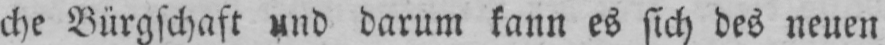
che Bürgschaft und darum kann es sich des neuen